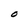
Character: O